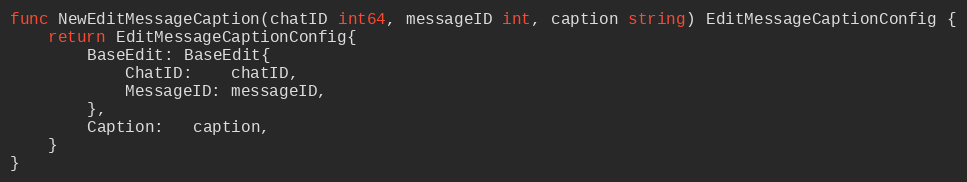
Language: Go
func NewEditMessageCaption(chatID int64, messageID int, caption string) EditMessageCaptionConfig {
	return EditMessageCaptionConfig{
		BaseEdit: BaseEdit{
			ChatID:    chatID,
			MessageID: messageID,
		},
		Caption:   caption,
	}
}